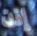
إذن